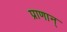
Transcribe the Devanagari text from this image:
प्राणान्